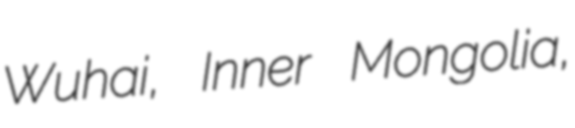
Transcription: Wuhai, Inner Mongolia,